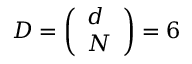
D = \left( \begin{array} { l } { d } \\ { N } \end{array} \right) = 6